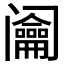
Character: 𨸎